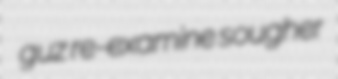
guz re-examine sougher